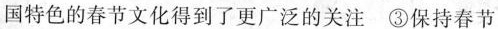
国特色的春节文化得到了更广泛的关注③保持春节